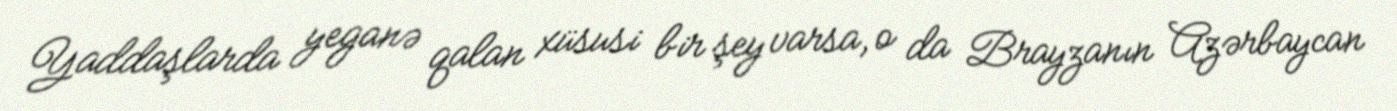
Yaddaşlarda yeganə qalan xüsusi bir şey varsa, o da Brayzanın Azərbaycan